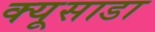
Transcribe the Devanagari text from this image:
क्यूसाडा